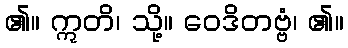
၏။ ဣတိ၊ သို့။ ဝေဒိတဗ္ဗံ၊ ၏။